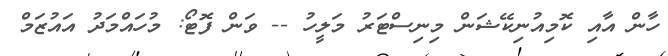
ހާން އާއި ކޮމިއުނިކޭޝަން މިނިސްޓަރު މަލީހު -- ވަން ފޮޓޯ: މުހައްމަދު އައުޒަމް